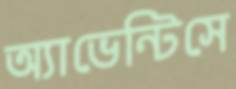
অ্যাভেন্টিসে